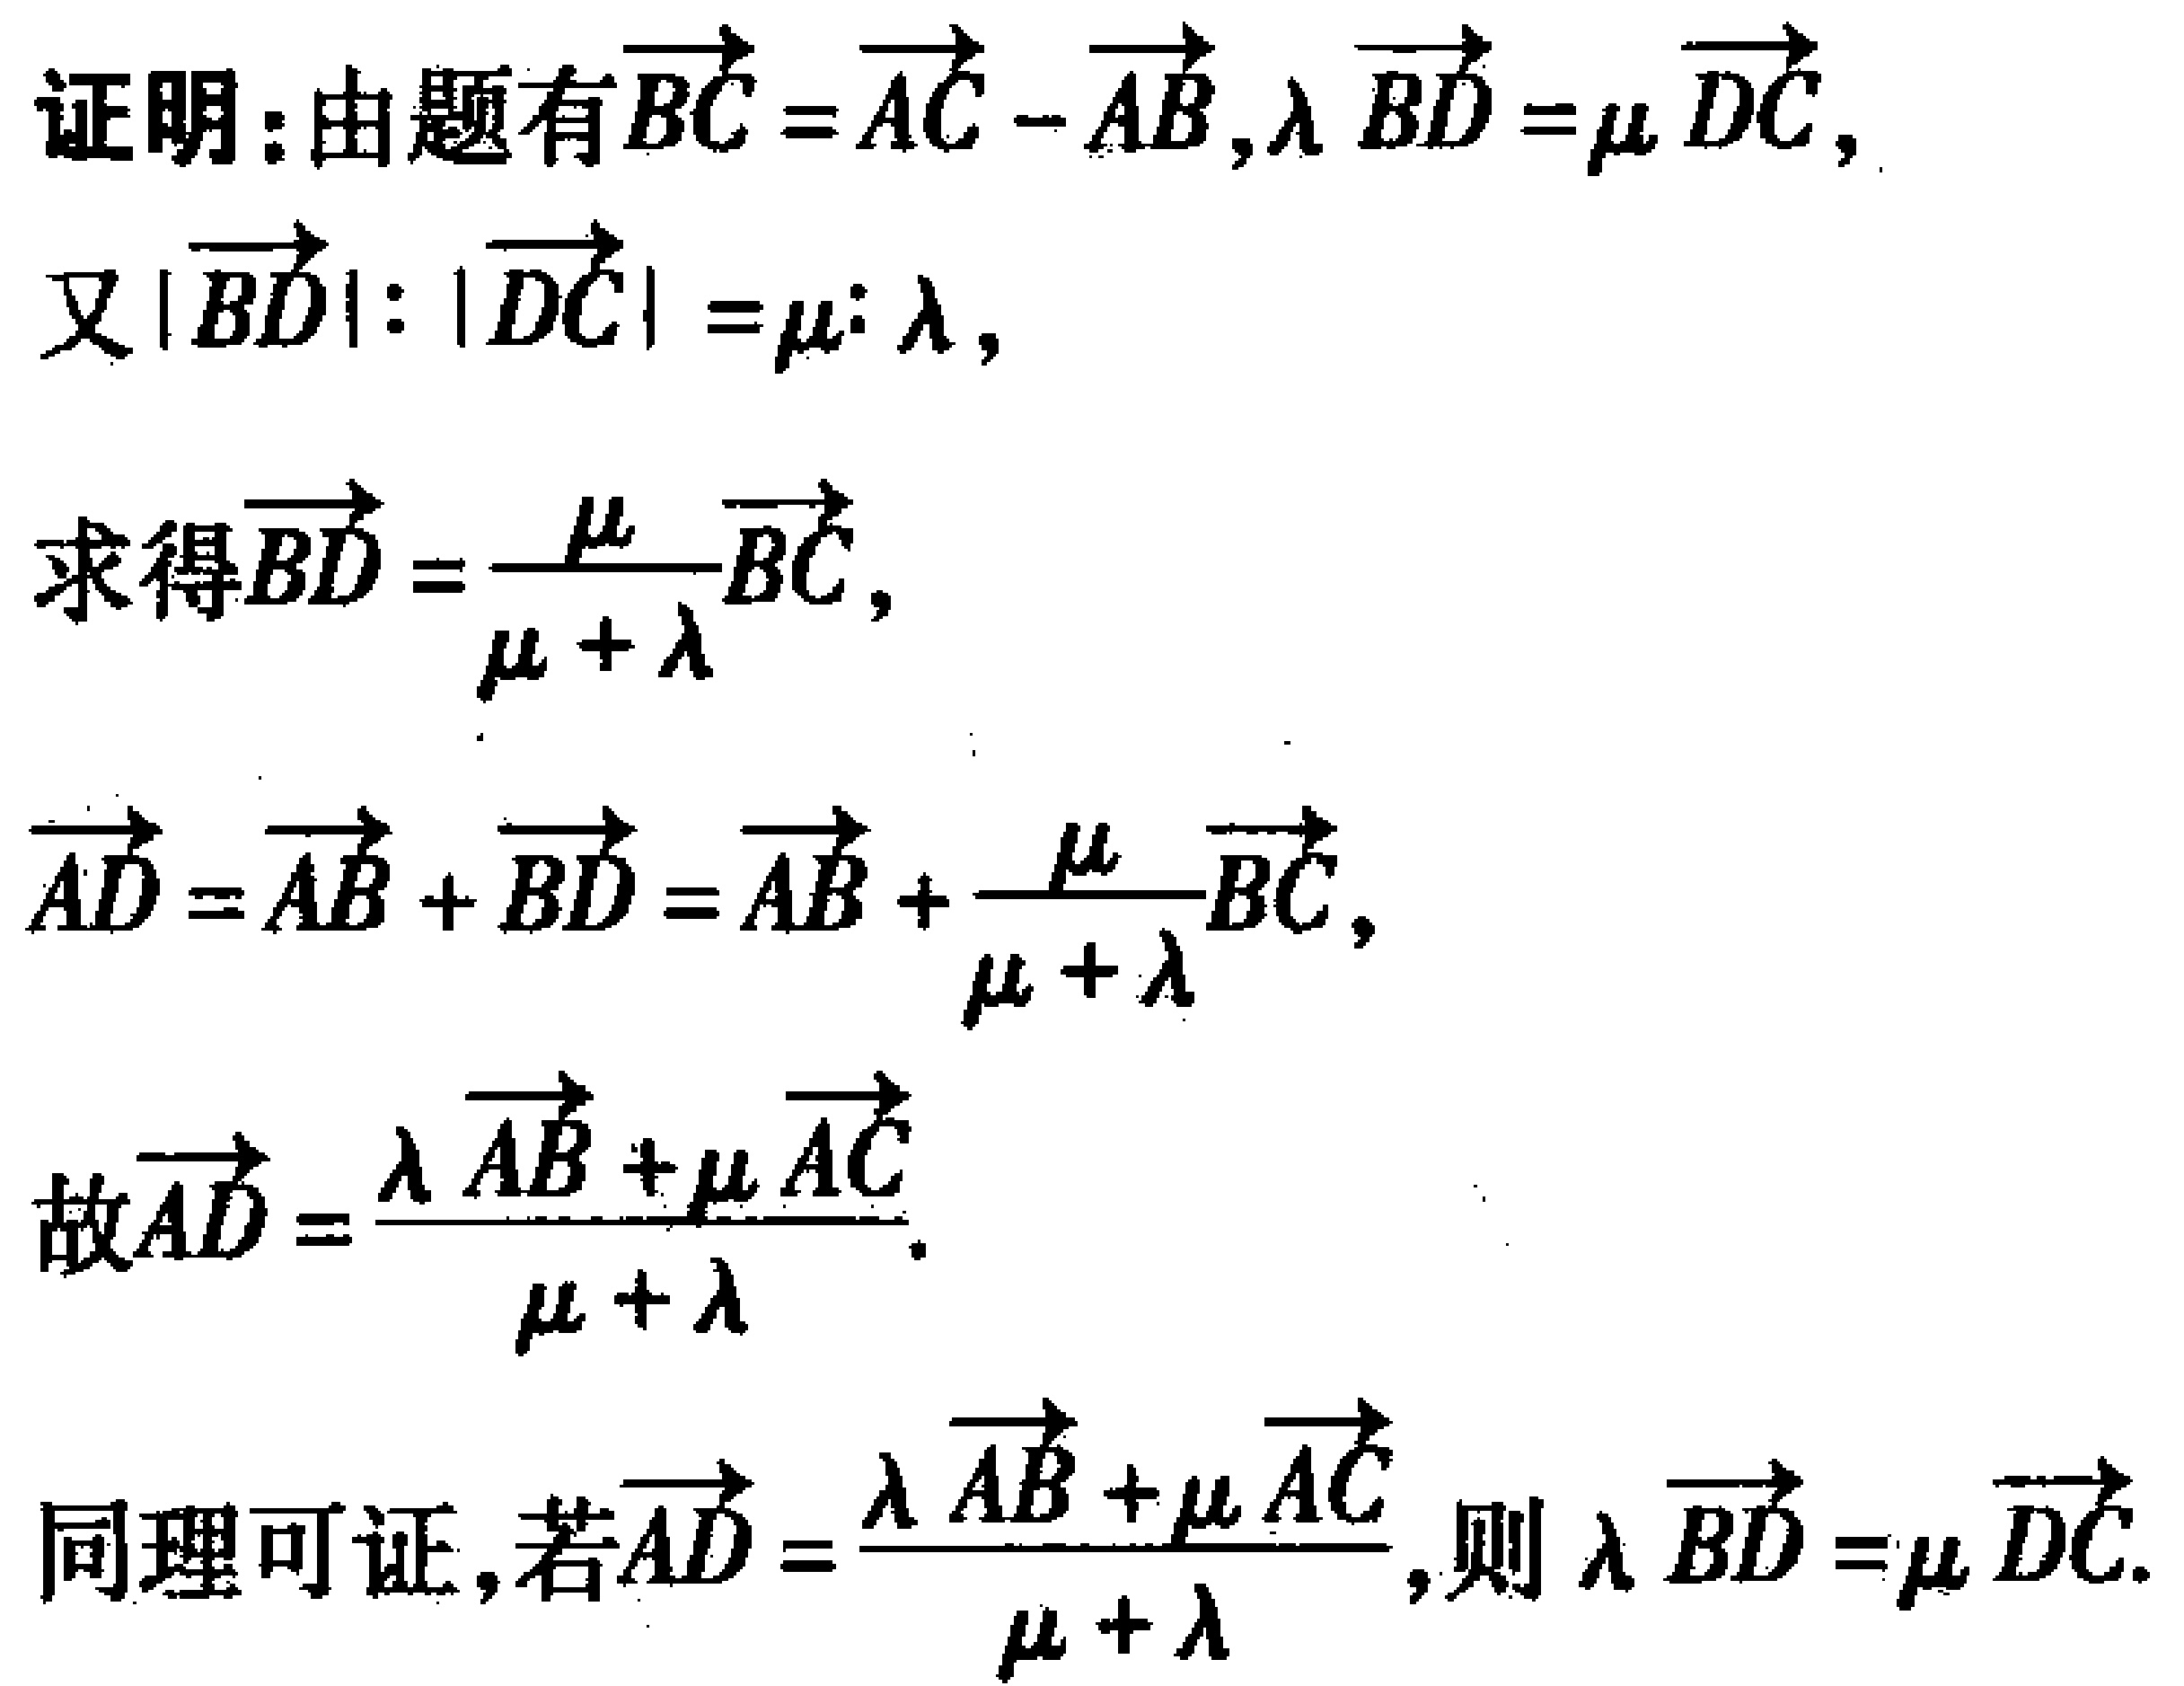
证明：由题有\(\overrightarrow{BC} = \overrightarrow{AC} - \overrightarrow{AB},\lambda\overrightarrow{BD} = \mu\overrightarrow{DC}\)，
又\(|\overrightarrow{BD}|:|\overrightarrow{DC}| = \mu:\lambda\)，
求得\(\overrightarrow{BD} = \frac{\mu}{\mu + \lambda}\overrightarrow{BC}\)，
\(\overrightarrow{AD} = \overrightarrow{AB} + \overrightarrow{BD} = \overrightarrow{AB} + \frac{\mu}{\mu + \lambda}\overrightarrow{BC}\)，
故\(\overrightarrow{AD} = \frac{\lambda\overrightarrow{AB} + \mu\overrightarrow{AC}}{\mu + \lambda}\)。
同理可证，若\(\overrightarrow{AD} = \frac{\lambda\overrightarrow{AB} + \mu\overrightarrow{AC}}{\mu + \lambda}\)，则\(\lambda\overrightarrow{BD} = \mu\overrightarrow{DC}\)。